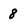
Character: 8